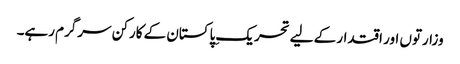
وزارتوں اور اقتدار کے لیے تحریکِ پاکستان کے کارکن سرگرم رہے۔